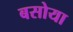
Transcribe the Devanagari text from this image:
बसोया